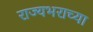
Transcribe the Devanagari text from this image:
राज्यभराच्या